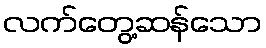
လက်တွေ့ဆန်သော